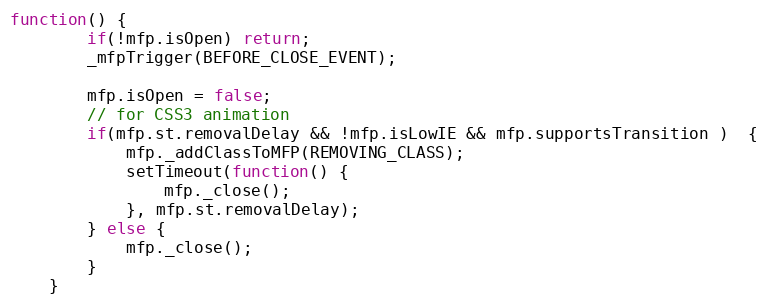
Language: JavaScript
function() {
		if(!mfp.isOpen) return;
		_mfpTrigger(BEFORE_CLOSE_EVENT);

		mfp.isOpen = false;
		// for CSS3 animation
		if(mfp.st.removalDelay && !mfp.isLowIE && mfp.supportsTransition )  {
			mfp._addClassToMFP(REMOVING_CLASS);
			setTimeout(function() {
				mfp._close();
			}, mfp.st.removalDelay);
		} else {
			mfp._close();
		}
	}